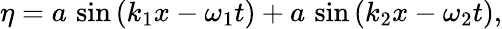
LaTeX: \eta=a\, \sin\left(k_{1}x-\omega_{1}t\right)+a\, \sin\left(k_{2}x-\omega_{2}t\right),